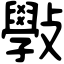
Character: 斅